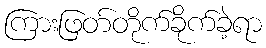
ကြားဖြတ်တိုက်ခိုက်ခဲ့ရာ